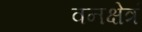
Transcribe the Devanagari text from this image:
वनक्षेत्रं